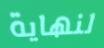
لنهاية